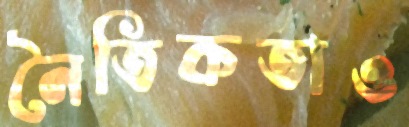
নৈতিকতাও